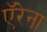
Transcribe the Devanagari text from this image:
ऍरेना